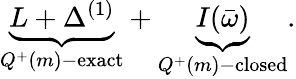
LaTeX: \underbrace{L+\Delta^{(1)}}_{Q^{+}(m)-\mathrm{exact}}+\underbrace{I(\bar{\omega})}_{Q^{+}(m)-\mathrm{closed}}.